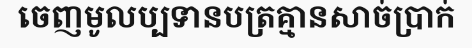
ចេញមូលប្បទានបត្រគ្មានសាច់ប្រាក់